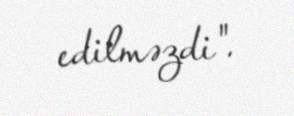
edilməzdi".